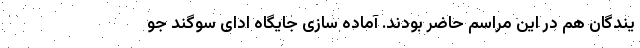
یندگان هم در این مراسم حاضر بودند. آماده سازی جایگاه ادای سوگند جو